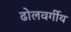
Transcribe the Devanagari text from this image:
ढोलवर्गीय